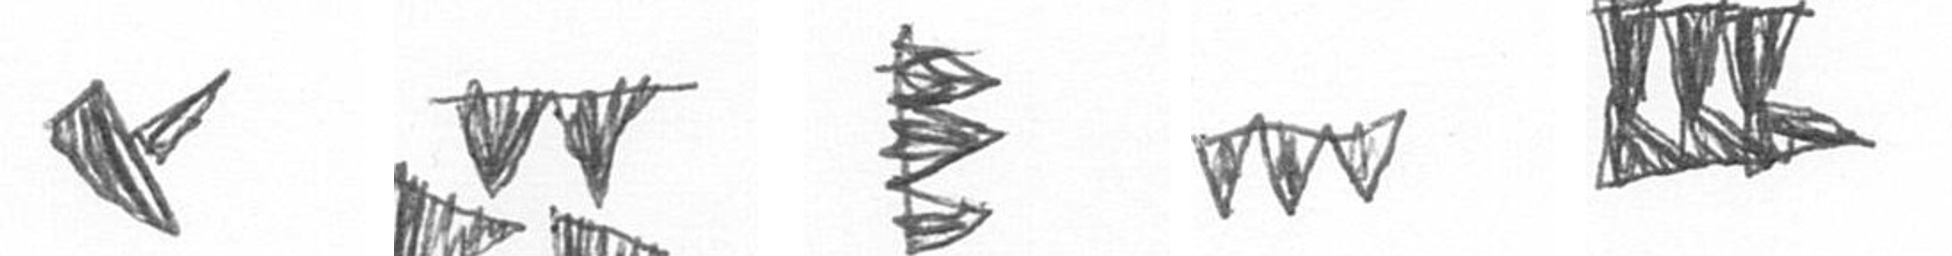
F B H L D